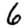
Digit: 6